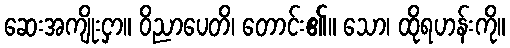
ဆေးအကျိုးငှာ။ ဝိညာပေတိ၊ တောင်း၏။ သော၊ ထိုရဟန်းကို။